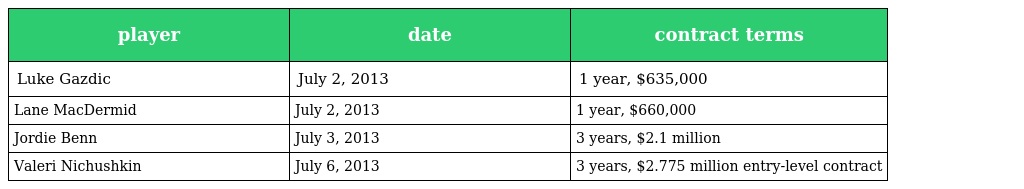
| player | date | contract terms |
 | --- | --- | --- |
 | Luke Gazdic | July 2, 2013 | 1 year, $635,000 |
 | Lane MacDermid | July 2, 2013 | 1 year, $660,000 |
 | Jordie Benn | July 3, 2013 | 3 years, $2.1 million |
 | Valeri Nichushkin | July 6, 2013 | 3 years, $2.775 million entry-level contract |